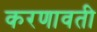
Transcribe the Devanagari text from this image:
करणावती